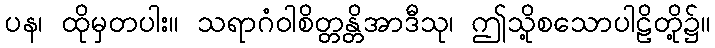
ပန၊ ထိုမှတပါး။ သရာဂံဝါစိတ္တန္တိအာဒီသု၊ ဤသို့စသောပါဠိတို့၌။